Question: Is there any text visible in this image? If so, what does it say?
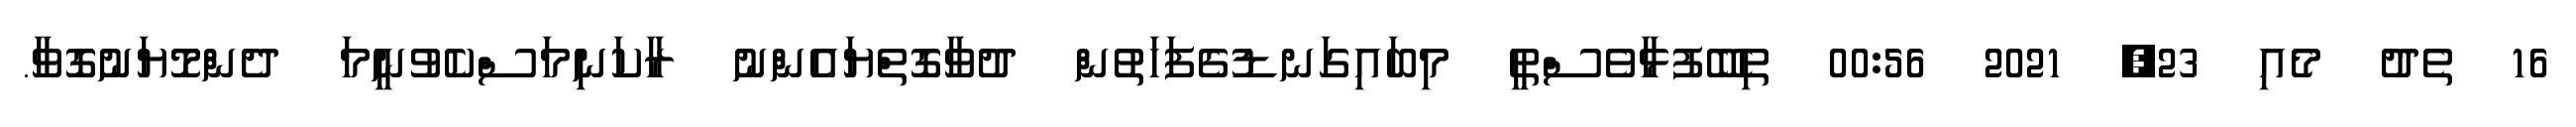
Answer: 16 ތެދު މެއި 23, 2021 00:56 ތިބޭފުޅާވެސްތީ މިބައިގަނޑުގެފަހަތުން ދުވާގޮތްޔައެންނު ރާކަނިމަސްކެވުނީމަ ދެންމޮޔަނުގޮވާ.